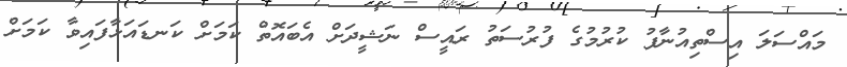
މައްސަލަ އިސްތިއުނާފު ކުރުމުގެ ފުރުސަތު ރައީސް ނަޝީދަށް އެބައޮތް ކަމަށް ކަނޑައަޅާފައިވާ ކަމަށް